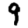
Digit: 9